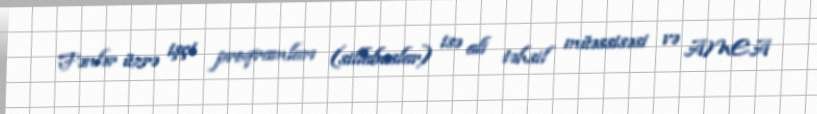
Fənlər üzrə işçi proqramları (sillabuslar) isə ali təhsil müəssisəsi və AMEA